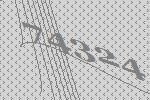
74324